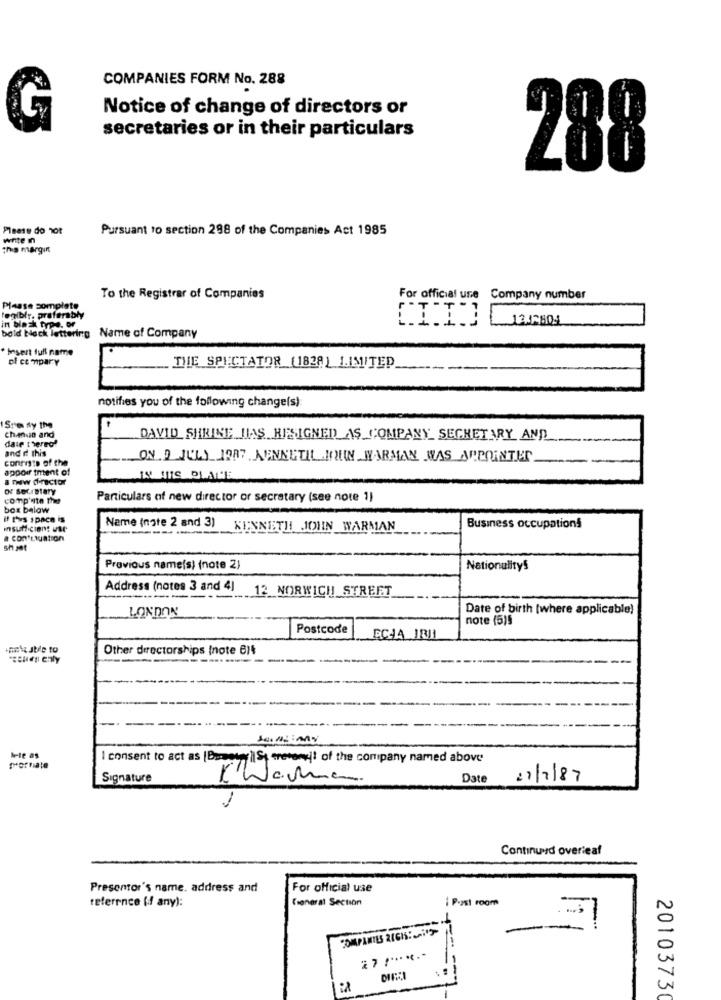
COMPANIES FORM No. 288
Notice of change of directors or
G
secretaries or in their particulars
288
Please do not
Pursuant to section 298 of the Companies Act 1985
write In
this margin
To the Registrar of Companies
For official use Company number
Please complete
egiblr, preferably
[II]
12/7804
in black type
bold black lettering
Name of Company
*Insert full name
ol compary
THE SPECTATOR (1838 ) LIMITED
notifies you of the following change(s):
Sre Ay the
Chanuin and
DAVID SHRINE DIAS RESIGNED AS COMPANY_ SECRETARY AND
date thered!
and d this
conrista of the
... ON.9 JULY 1987 KENNETIL IONEN WARMAN WAS APPOINTER
appoir tment of
a new director
DE Secretary
commp'ste thet
Particulars of new director or secretary (see note 1)
box below
H ys space Is
insufficient use
Name (note 2 and 3)
KENNETH JOHN WARMAN
Business occupations
a con LIUation
sh jet
Previous name(s) (note 2)
NationalityS
Address (notes 3 and 4]
12 NORWICH STREET
LONDON
Date of birth [where applicable)
note (5)5
Postcode
Other directorships (note 6/4
I consent to act as [Beseny \St creverft of the company named above
Signature
Date
27/7/87
1
Continuud overleaf
Presentor's name, address and
For official use
reference (if any):
General Section
i Post room
COMPANIES 216IS:">
2 7 !*****..
20103730